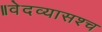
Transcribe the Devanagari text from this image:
॥वेदव्यासश्च